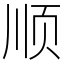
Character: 顺